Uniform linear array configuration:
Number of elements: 48
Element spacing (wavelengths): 0.75
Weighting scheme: uniform
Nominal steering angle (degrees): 15
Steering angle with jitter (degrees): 14.559
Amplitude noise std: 0.05
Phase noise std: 0.05

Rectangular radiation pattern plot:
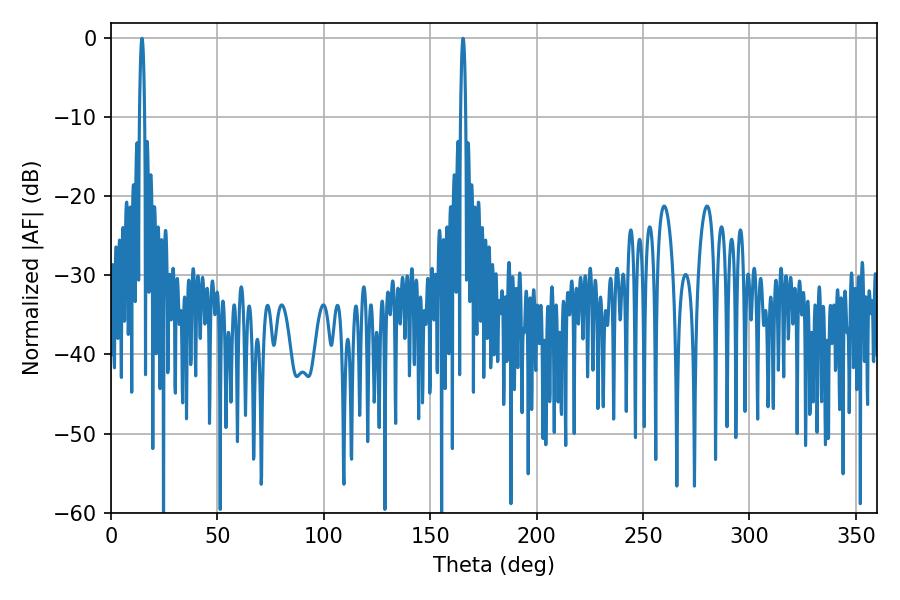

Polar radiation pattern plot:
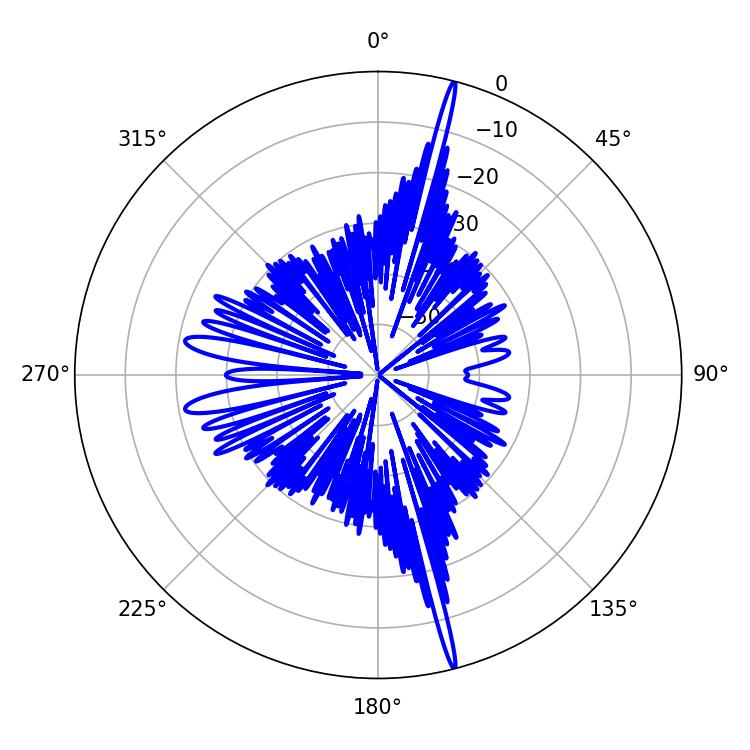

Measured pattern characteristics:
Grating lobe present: TRUE
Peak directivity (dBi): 22.116
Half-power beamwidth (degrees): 1.26
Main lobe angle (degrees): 165.42